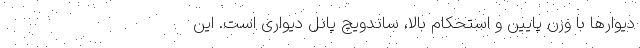
دیوارها با وزن پایین و استحکام بالا، ساندویچ پانل دیواری است. این